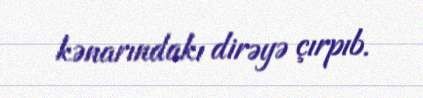
kənarındakı dirəyə çırpıb.